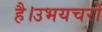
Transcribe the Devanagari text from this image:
है।उभयचरों